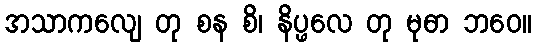
အသာကလျေ တု စန စိ၊ နိပ္ဖလေ တု မုဓာ ဘဝေ။